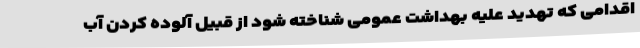
اقدامی که تهدید علیه بهداشت عمومی شناخته شود از قبیل آلوده کردن آب